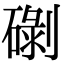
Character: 䃗